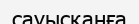
сауысқанға